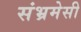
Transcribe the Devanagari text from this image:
संभ्रमेसी